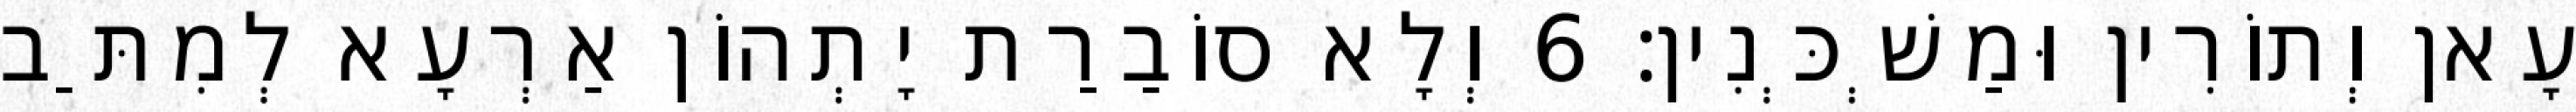
עָאן וְתוֹרִין וּמַשְׁכְּנִין׃ 6 וְלָא סוֹבַרַת יָתְהוֹן אַרְעָא לְמִתַּב